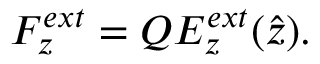
F _ { z } ^ { e x t } = { Q } E _ { z } ^ { e x t } { ( \hat { z } ) } { . }